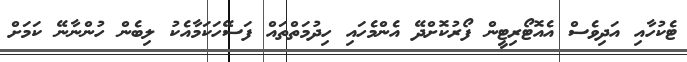
ޓެކުހާއި އަދިވެސް އެއޮޓޯރިޓީން ފޯރުކޮށްދޭ އެންމެހައި ހިދުމަތްތައް ފަސޭހަކަމާއެކު ލިބެން ހުންނާނޭ ކަމަށް